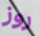
روز